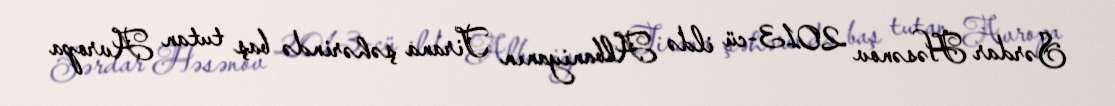
Sərdar Həsənov 2013-cü ildə Albaniyanın Tirana şəhərində baş tutan Avropa